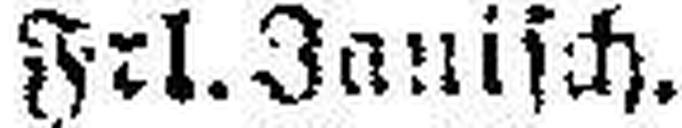
Frl. Zanisch.